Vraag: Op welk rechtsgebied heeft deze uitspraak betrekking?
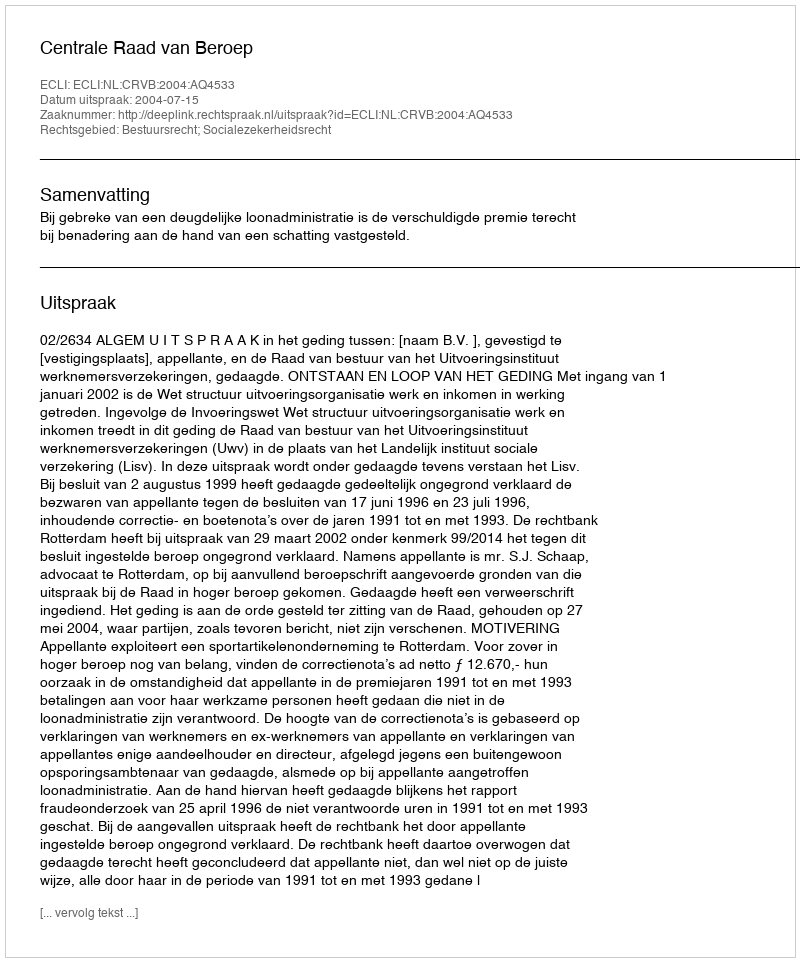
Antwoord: Bestuursrecht; Socialezekerheidsrecht